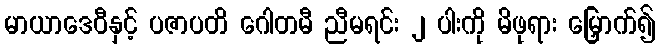
မာယာဒေဝီနှင့် ပဇာပတိ ဂေါတမီ ညီမရင်း ၂ ပါးကို မိဖုရား မြှောက်၍